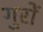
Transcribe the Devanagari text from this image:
गुरों